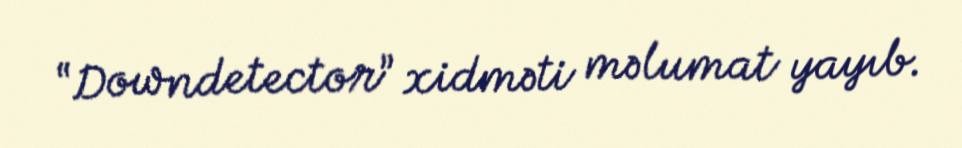
“Downdetector” xidməti məlumat yayıb.